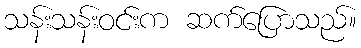
သန်းသန်းဝင်းက ဆက်ပြောသည်။